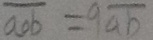
\overline { a o b } = 9 \overline { a b }